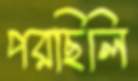
পরছিলি